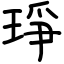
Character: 琤